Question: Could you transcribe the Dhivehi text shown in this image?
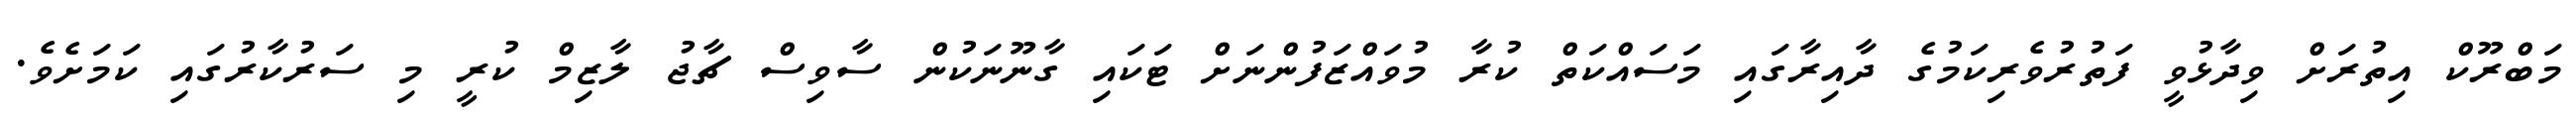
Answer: މަބްރޫކް އިތުރަށް ވިދާޅުވީ ފަތުރުވެރިކަމުގެ ދާއިރާގައި މަސައްކަތް ކުރާ މުވައްޒަފުންނަށް ޓަކައި ގާނޫނަކުން ސާވިސް ޗާޖު ލާޒިމް ކުރީ މި ސަރުކާރުގައި ކަމަށެވެ.